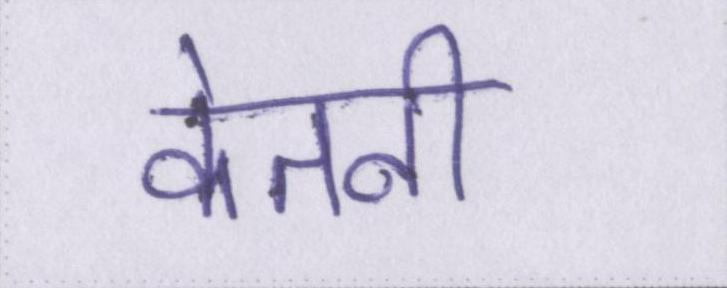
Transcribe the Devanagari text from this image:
केतनी